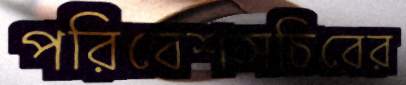
পরিবেশসচিবের